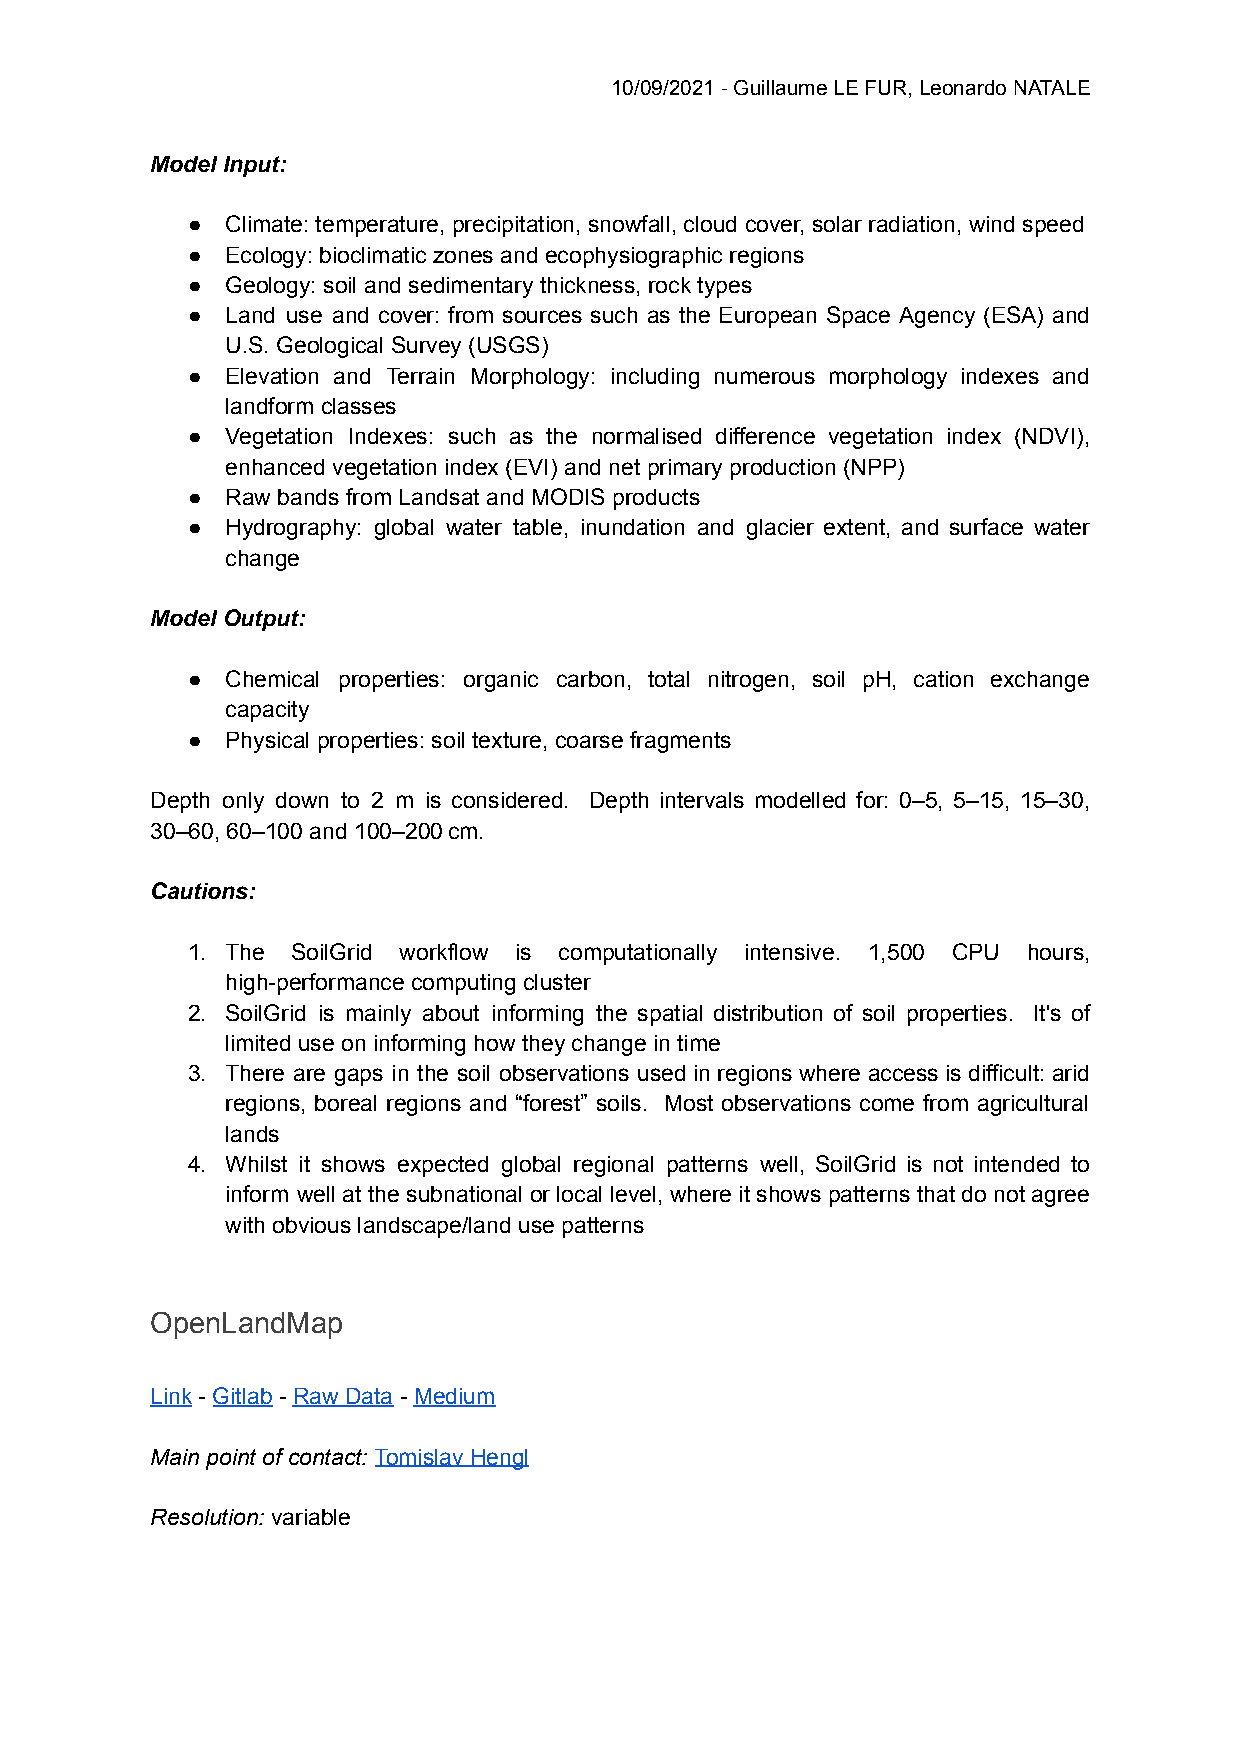
10/09/2021 - Guillaume LE FUR, Leonardo NATALE
 Model Input:
 ●  Climate: temperature, precipitation, snowfall, cloud cover, solar radiation, wind speed
 ●  Ecology: bioclimatic zones and ecophysiographic regions
 ●  Geology: soil and sedimentary thickness, rock types
 ●  Land use and cover: from sources such as the European Space Agency (ESA) and
 U.S. Geological Survey (USGS)
 ●  Elevation and Terrain Morphology: including numerous morphology indexes and
 landform classes
 ●  Vegetation Indexes: such as the normalised difference vegetation index (NDVI),
 enhanced vegetation index (EVI) and net primary production (NPP)
 ●  Raw bands from Landsat and MODIS products
 ●  Hydrography: global water table, inundation and glacier extent, and surface water
 change
 Model Output:
 ●  Chemical properties: organic carbon, total nitrogen, soil pH, cation exchange
 capacity
 ●  Physical properties: soil texture, coarse fragments
 Depth only down to 2 m is considered. Depth intervals modelled for: 0–5, 5–15, 15–30,
 30–60, 60–100 and 100–200 cm.
 Cautions:
 1. The SoilGrid workflow is computationally intensive. 1,500 CPU hours,
 high-performance computing cluster
 2. SoilGrid is mainly about informing the spatial distribution of soil properties. It's of
 limited use on informing how they change in time
 3. There are gaps in the soil observations used in regions where access is difficult: arid
 regions, boreal regions and “forest” soils. Most observations come from agricultural
 lands
 4. Whilst it shows expected global regional patterns well, SoilGrid is not intended to
 inform well at the subnational or local level, where it shows patterns that do not agree
 with obvious landscape/land use patterns
 OpenLandMap
 Link - Gitlab - Raw Data - Medium
 Main point of contact: Tomislav Hengl
 Resolution: variable